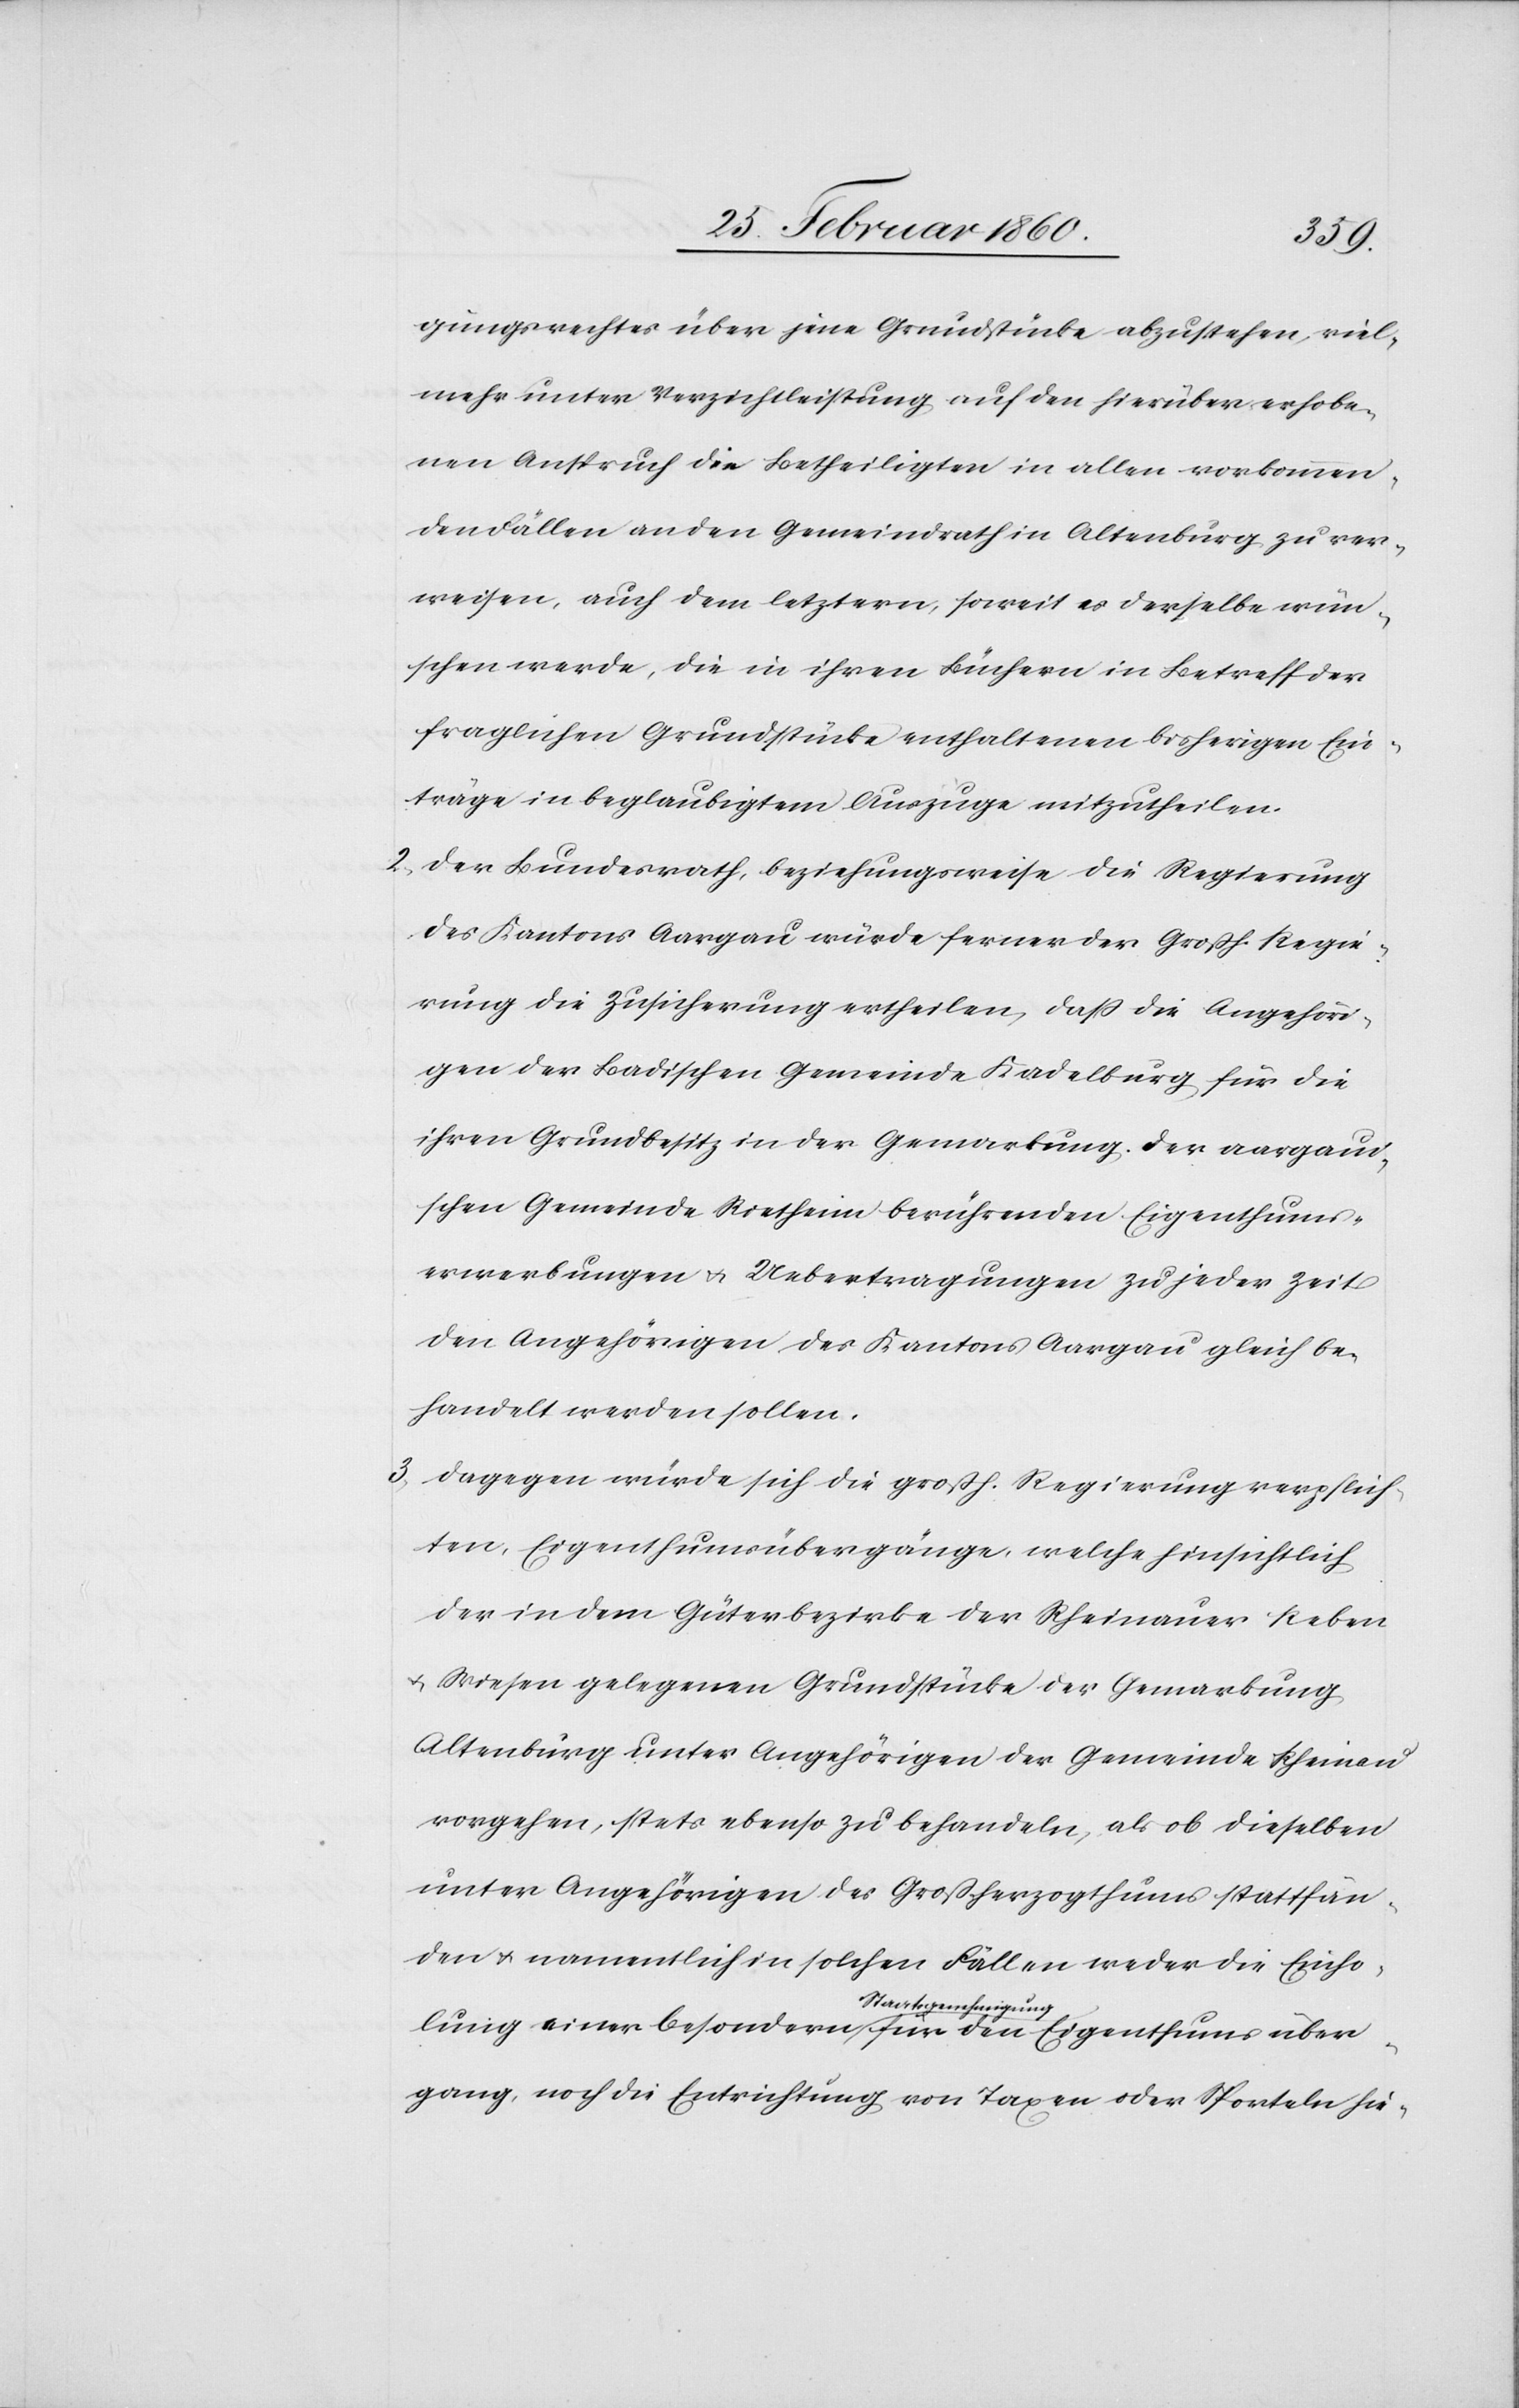
gungsrechtes über jene Grundstücke abzustehen, viel¬
mehr unter Verzichtleistung auf den hierüber erhobe¬
nen Anspruch die Betheiligten in allen vorkommen¬
den Fällen an den Gemeindrath in Altenburg zu ver¬
weisen, auch dem letztern, soweit es derselbe wün¬
schen werde, die in ihren Büchern in Betreff der
fraglichen Grundstücke enthaltenen bisherigen Ein¬
träge in beglaubigtem Auszuge mitzutheilen.
2. Der Bundesrath, beziehungsweise die Regierung
des Kantons Aargau würde ferner der Grossh. Regie¬
rung die Zusicherung ertheilen, dass die Angehöri¬
gen der Badischen Gemeinde Kadelburg, für die
ihren Grundbesitz in der Gemarkung der aargaui¬
schen Gemeinde Rietheim berührenden Eigenthums¬
erwerbungen u. Uebertragungen zu jeder Zeit
den Angehörigen des Kantons Aargau gleich be¬
handelt werden sollen.
3. Dagegen würde sich die grossh. Regierung verpflich¬
ten, Eigenthumsübergänge, welche hinsichtlich
der in dem Güterbezirke der Rheinauer Reben
u. Wiesen gelegenen Grundstücke der Gemarkung
Altenburg unter Angehörigen der Gemeinde Rheinau
vorgehen, stets ebenso zu behandeln, als ob dieselben
unter Angehörigen des Großherzogthums stattfän¬
den u. namentlich in solchen Fällen weder die Einho¬
lung einer besondern Staatsgenehmigung für den Eigenthumsüber¬
gang, noch die Entrichtung von Taxen oder Sporteln hie-